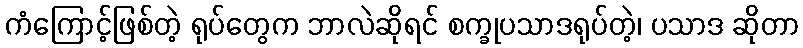
ကံကြောင့်ဖြစ်တဲ့ ရုပ်တွေက ဘာလဲဆိုရင် စက္ခုပသာဒရုပ်တဲ့၊ ပသာဒ ဆိုတာ